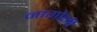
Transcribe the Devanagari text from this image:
नागोर्नी